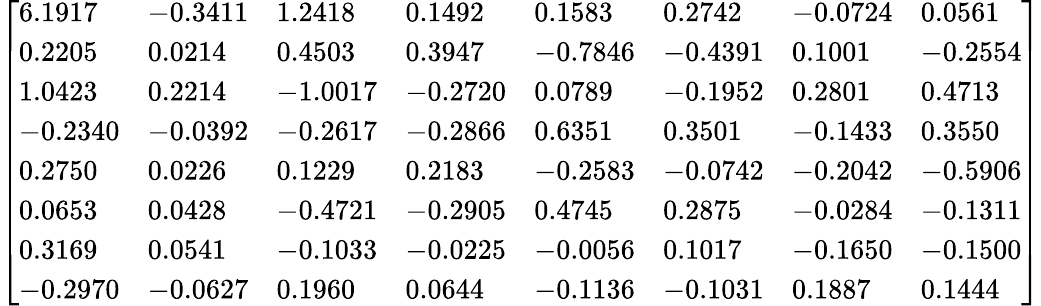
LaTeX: {\left[\begin{array}{llllllll}{6.1917}&{-0.3411}&{1.2418}&{0.1492}&{0.1583}&{0.2742}&{-0.0724}&{0.0561}\\ {0.2205}&{0.0214}&{0.4503}&{0.3947}&{-0.7846}&{-0.4391}&{0.1001}&{-0.2554}\\ {1.0423}&{0.2214}&{-1.0017}&{-0.2720}&{0.0789}&{-0.1952}&{0.2801}&{0.4713}\\ {-0.2340}&{-0.0392}&{-0.2617}&{-0.2866}&{0.6351}&{0.3501}&{-0.1433}&{0.3550}\\ {0.2750}&{0.0226}&{0.1229}&{0.2183}&{-0.2583}&{-0.0742}&{-0.2042}&{-0.5906}\\ {0.0653}&{0.0428}&{-0.4721}&{-0.2905}&{0.4745}&{0.2875}&{-0.0284}&{-0.1311}\\ {0.3169}&{0.0541}&{-0.1033}&{-0.0225}&{-0.0056}&{0.1017}&{-0.1650}&{-0.1500}\\ {-0.2970}&{-0.0627}&{0.1960}&{0.0644}&{-0.1136}&{-0.1031}&{0.1887}&{0.1444}\end{array}\right]}